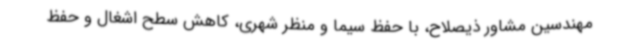
مهندسین مشاور ذیصلاح، با حفظ سیما و منظر شهری، کاهش سطح اشغال و حفظ